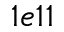
1 e 1 1